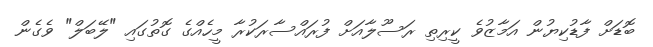
ބޮޑަށް ފާޑުކިޔުން އަމާޒުވެ ކީރިތި ރަސޫލާއަށް ފުރައްސާރަކުރާ މީހެއްގެ ގޮތުގައި "ލޭބަލް" ވެގެން